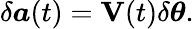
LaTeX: \delta\boldsymbol{a}(t)=\mathbf{V}(t)\delta\boldsymbol{\theta}.